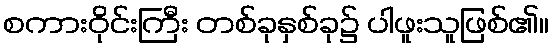
စကားဝိုင်းကြီး တစ်ခုနှစ်ခု၌ ပါဖူးသူဖြစ်၏။